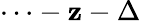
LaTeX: \cdots-\mathbf{z}-\Delta